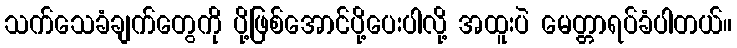
သက်သေခံချက်တွေကို ပို့ဖြစ်အောင်ပို့ပေးပါလို့ အထူးပဲ မေတ္တာရပ်ခံပါတယ်။